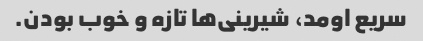
سریع اومد، شیرینی‌ها تازه و خوب بودن.